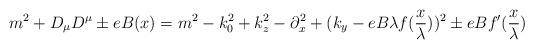
LaTeX: \begin{align*}m^2+D_\mu D^\mu\pm e B(x)=m^2-k_0^2+k_z^2-\partial_x^2+(k_y-eB\lambda f(\frac{x}{\lambda}))^2\pm eB f^\prime (\frac{x}{\lambda})\end{align*}